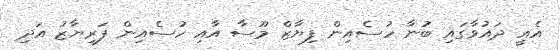
އެއީ ދައުވާގައި ބުނާ ހުސެއިން ފިޔާޒް މޫސާ އާއި ހުސެއިން ފަރިޔާޒު އަދި